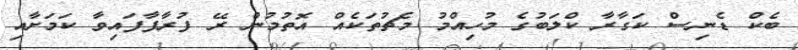
ބެކް ޑެނިސް ކަގާރާ ކްލަބުގެ މުހިއްމު މެޗުތަކެއް އޮތުމުން ރޭ ފުރާފާފައިވާ ކަމަށާއި